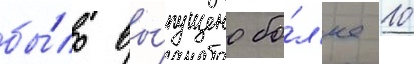
бы́ло вы́пущено бо́л'ее 10